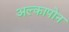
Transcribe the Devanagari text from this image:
अल्कापोन